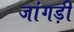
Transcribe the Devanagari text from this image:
जांगड़ी